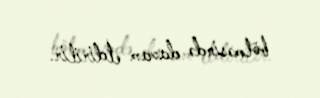
bölməsində davam etdirilir.